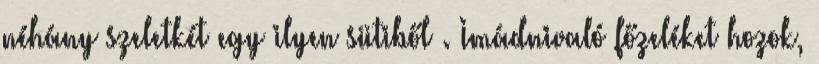
néhány szeletkét egy ilyen sütiből . Imádnivaló főzeléket hozok,